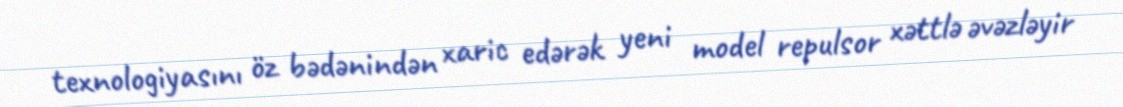
texnologiyasını öz bədənindən xaric edərək yeni model repulsor xəttlə əvəzləyir